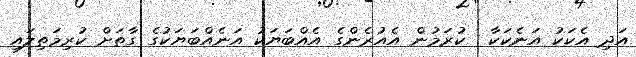
އަދި އެކަކު އަނެކަކާ  ކުރަމުން އެއުރެންގެ އެއްބަޔަކު އަނެއްބަޔަކުގެ ގާތަށް ކުރިމަތިލައި